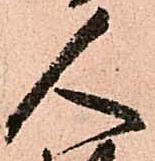
人